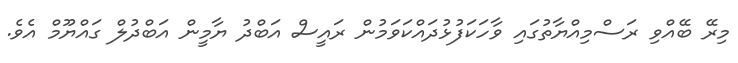
މިރޭ ބޭއްވި ރަސްމިއްޔާތުގައި ވާހަކަފުޅުދައްކަވަމުން ރައީސް އަބްދު ޔާމީން އަބްދުލް ގައްޔޫމް އެވެ.